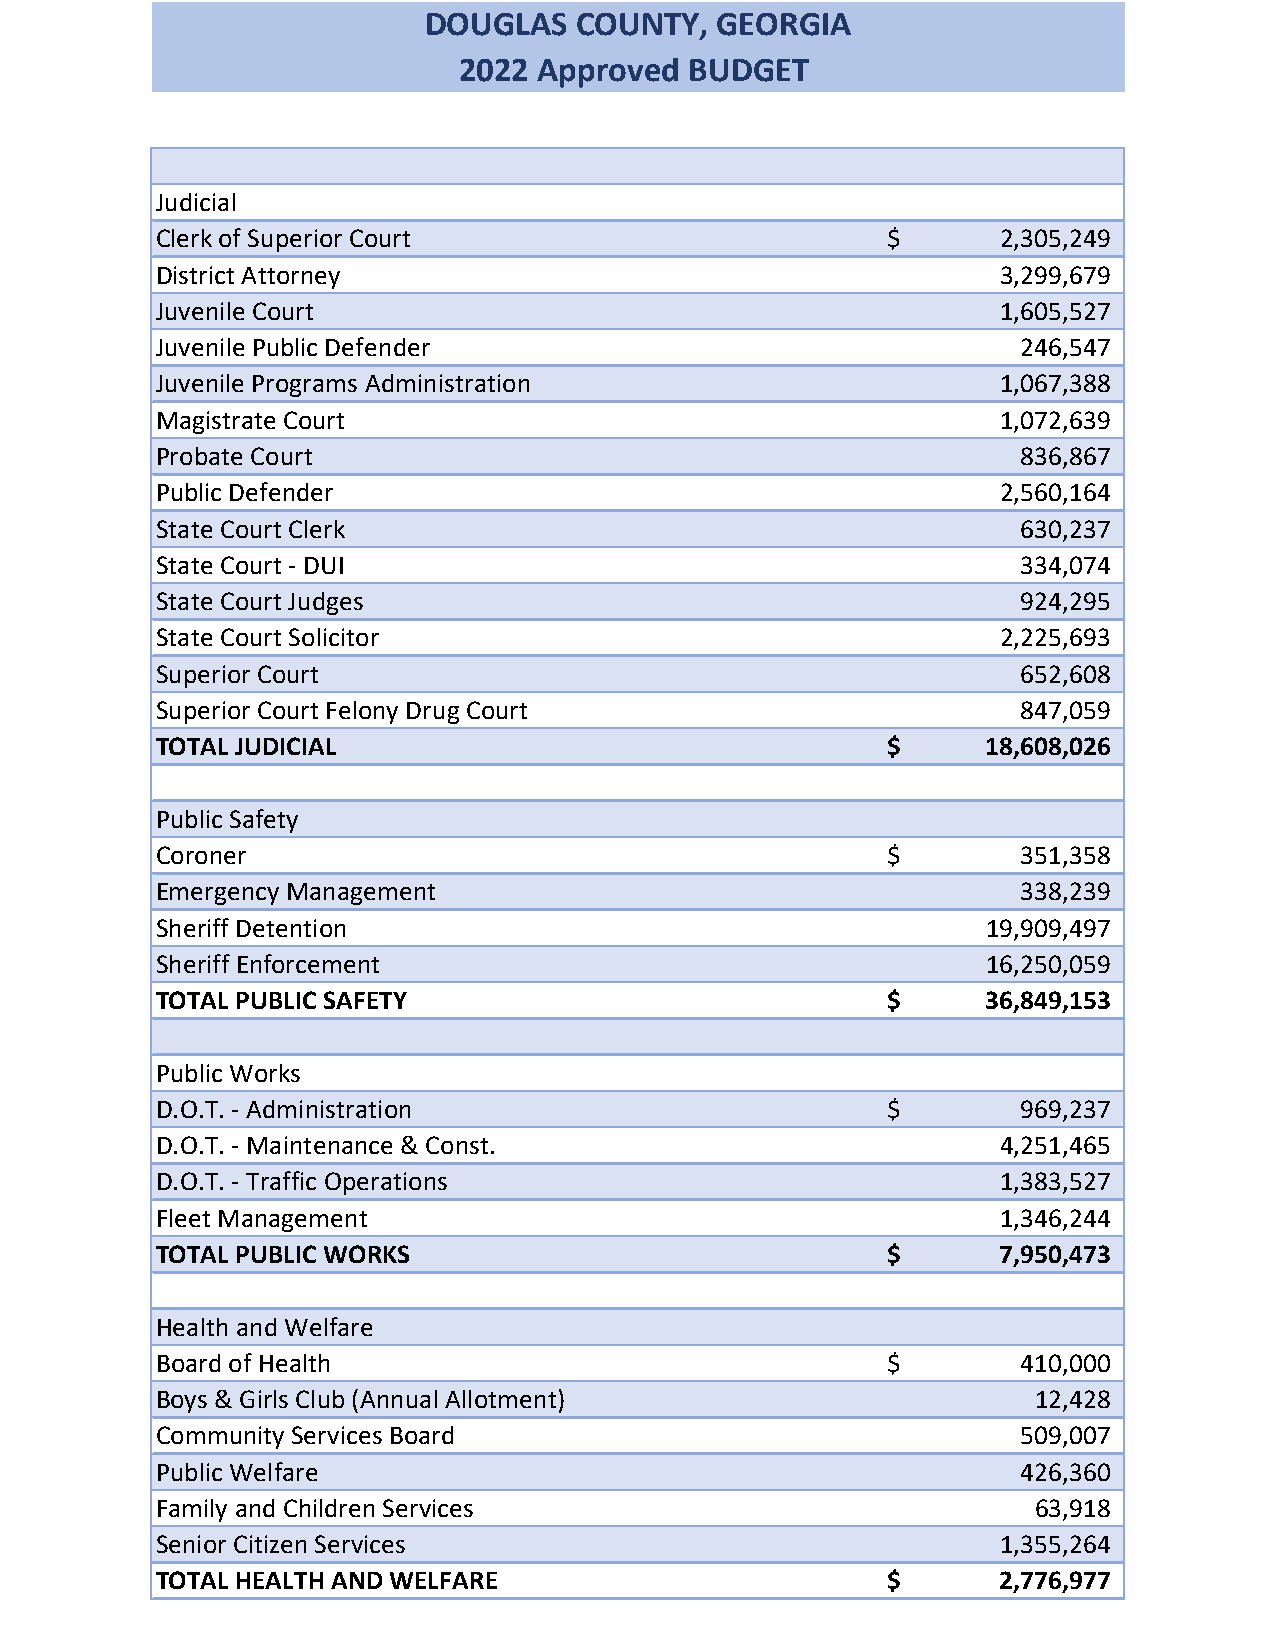
DOUGLAS   COUNTY,  GEORGIA
 2022  Approved  BUDGET
 Judicial
 Clerk of Superior Court                          $      2,305,249
 District Attorney                                       3,299,679
 Juvenile Court                                          1,605,527
 Juvenile Public Defender                                  246,547
 Juvenile Programs Administration                        1,067,388
 Magistrate Court                                        1,072,639
 Probate Court                                             836,867
 Public Defender                                         2,560,164
 State Court Clerk                                         630,237
 State Court - DUI                                         334,074
 State Court Judges                                        924,295
 State Court Solicitor                                   2,225,693
 Superior Court                                            652,608
 Superior Court Felony Drug Court                          847,059
 TOTAL JUDICIAL                                   $     18,608,026
 Public Safety
 Coroner                                          $        351,358
 Emergency Management                                      338,239
 Sheriff Detention                                      19,909,497
 Sheriff Enforcement                                    16,250,059
 TOTAL PUBLIC SAFETY                              $     36,849,153
 Public Works
 D.O.T. - Administration                          $        969,237
 D.O.T. - Maintenance & Const.                           4,251,465
 D.O.T. - Traffic Operations                             1,383,527
 Fleet Management                                        1,346,244
 TOTAL PUBLIC WORKS                               $      7,950,473
 Health and Welfare
 Board of Health                                  $        410,000
 Boys & Girls Club (Annual Allotment)                      12,428
 Community Services Board                                  509,007
 Public Welfare                                            426,360
 Family and Children Services                              63,918
 Senior Citizen Services                                 1,355,264
 TOTAL HEALTH AND WELFARE                         $      2,776,977